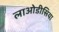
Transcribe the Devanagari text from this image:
लाओडीसिया